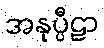
အနုပ္ပီဠာ